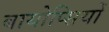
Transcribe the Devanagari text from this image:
बायोप्‍िसयों